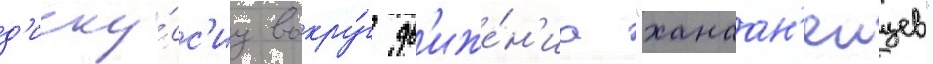
д'иску́сс'иу вокру́г дв'иже́н'иа "ханаан'еицев"